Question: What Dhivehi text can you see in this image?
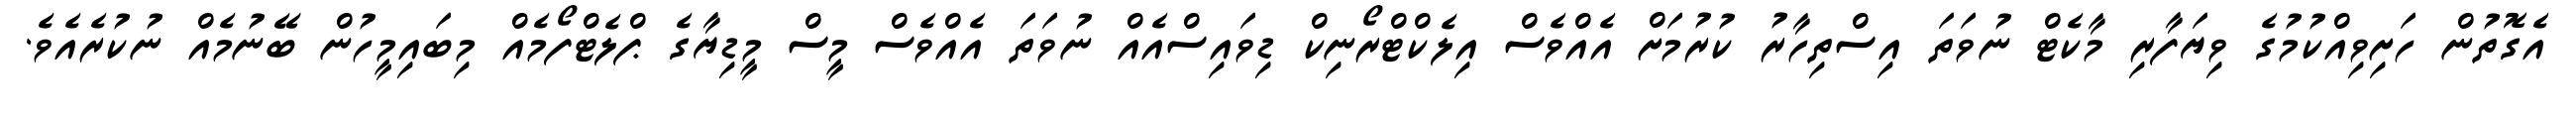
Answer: އެގޮތުން ހަށިވިއްކުމުގެ ވިޔަފާރި މާކެޓް ނުވަތަ އިސްތިހާރު ކުރުމަށް އެއްވެސް އިލެކްޓްރޯނިކް ޑިވައިސްއެއް ނުވަތަ އެއްވެސް މީސް މީޑިޔާގެ ޕްލެޓްފޯމެއް މިބައިމީހުން ބޭނުމެއް ނުކުރެއެވެ.